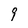
Character: 9